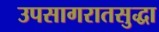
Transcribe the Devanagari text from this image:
उपसागरातसुद्धा